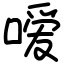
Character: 嗳